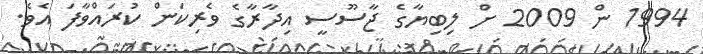
1994 ން 2009 ށް ލިބިޔާގެ ޖާސޫސީ އިދާރާގެ ވެރިކަން ކުރައްވާފަ އެވެ.